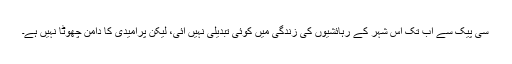
سی پیک سے اب تک اس شہر کے رہائشیوں کی زندگی میں کوئی تبدیلی نہیں آئی، لیکن پُرامیدی کا دامن چُھوٹا نہیں ہے۔